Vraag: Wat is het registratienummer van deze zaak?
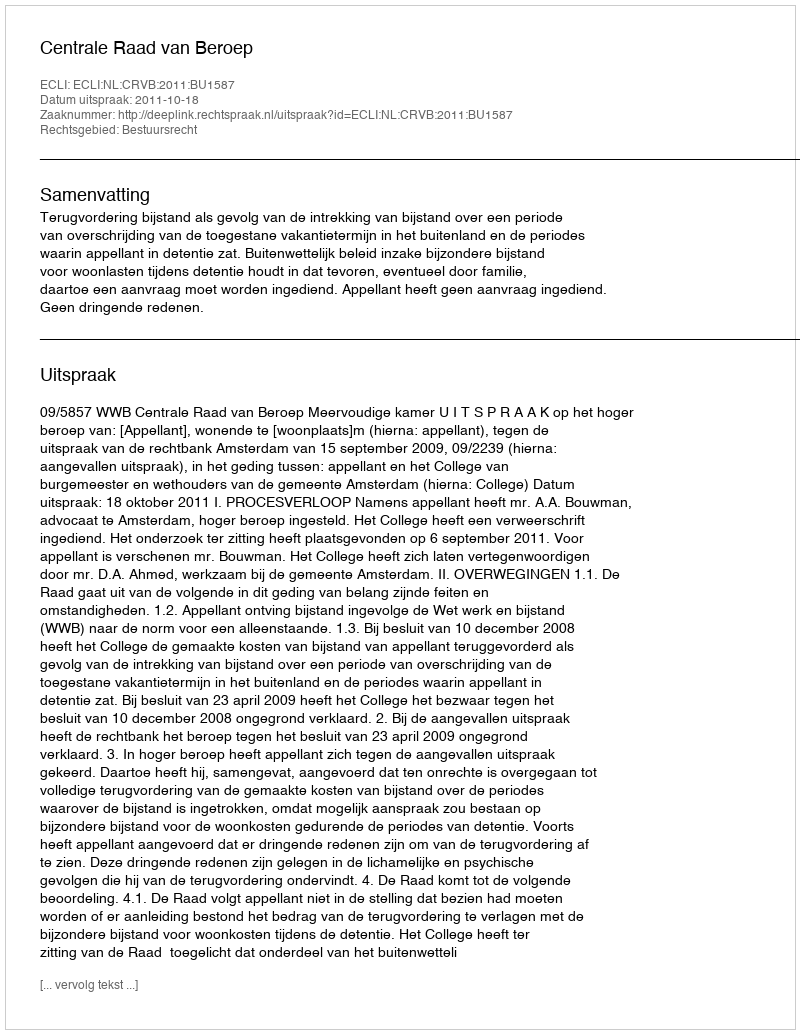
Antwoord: http://deeplink.rechtspraak.nl/uitspraak?id=ECLI:NL:CRVB:2011:BU1587